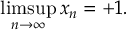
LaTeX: \operatorname* { l i m s u p } _ { n \to \infty } x _ { n } = + 1 .